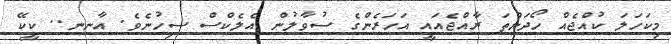
މިކަހަލަ ކުއްޖެއް ހޯދަންތަ ރާއްޖެއައީ އަހަރެންގެ ސުވާލުން އެލެކްސް ސިހުނެވެ. އާނނ.. ކީކޭ